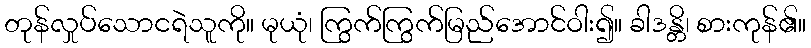
တုန်လှုပ်သောငရဲသူကို။ မုယုံ၊ ကြွက်ကြွက်မြည်အောင်ဝါး၍။ ခါဒန္တိ၊ စားကုန်၏။